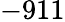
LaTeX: -911